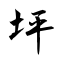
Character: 坪